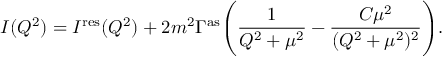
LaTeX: I ( Q ^ { 2 } ) = I ^ { \mathrm { r e s } } ( Q ^ { 2 } ) + 2 m ^ { 2 } \Gamma ^ { \mathrm { a s } } \Biggl ( { \frac { 1 } { Q ^ { 2 } + \mu ^ { 2 } } } - { \frac { C \mu ^ { 2 } } { ( Q ^ { 2 } + \mu ^ { 2 } ) ^ { 2 } } } \Biggr ) .